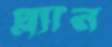
প্ল্যান